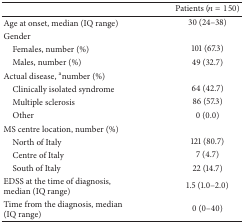
|  | Patients (n = 150) |
 | --- | --- |
 | Age at onset, median (IQ range) | 30 (24–38) |
 | Gender |  |
 | Females, number (%) | 101 (67.3) |
 | Males, number (%) | 49 (32.7) |
 | Actual disease, anumber (%) |  |
 | Clinically isolated syndrome | 64 (42.7) |
 | Multiple sclerosis | 86 (57.3) |
 | Other | 0 (0.0) |
 | MS centre location, number (%) |  |
 | North of Italy | 121 (80.7) |
 | Centre of Italy | 7 (4.7) |
 | South of Italy | 22 (14.7) |
 | EDSS at the time of diagnosis, median (IQ range) | 1.5 (1.0–2.0) |
 | Time from the diagnosis, median (IQ range) | 0 (0–40) |